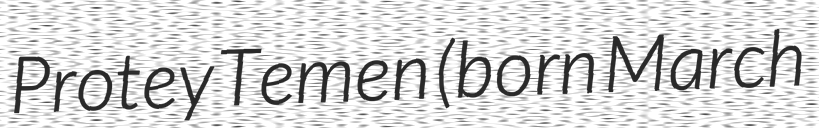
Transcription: Protey Temen (born March